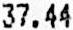
37.44